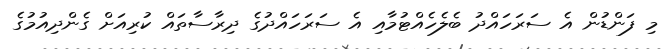
މި ފަންޑުން އެ ސަރަހައްދު ބެލެހެއްޓުމާއި އެ ސަރަހައްދުގެ ދިރާސާތައް ކުރިއަށް ގެންދިއުމުގެ